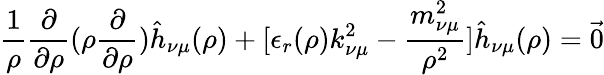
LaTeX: \frac{1}{\rho}\frac{\partial}{\partial\rho}(\rho\frac{\partial}{\partial\rho})\hat{h}_{\nu\mu}(\rho)+[\epsilon_{r}(\rho)k_{\nu\mu}^{2}-\frac{m_{\nu\mu}^{2}}{\rho^{2}}]\hat{h}_{\nu\mu}(\rho)={\vec{0}}